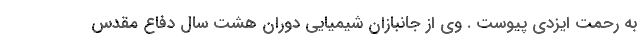
به رحمت ایزدی پیوست . وی از جانبازان شیمیایی دوران هشت سال دفاع مقدس